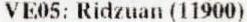
VE05: RIDZUAN (11900)